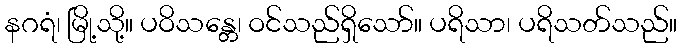
နဂရံ၊ မြို့သို့။ ပဝိသန္တေ၊ ဝင်သည်ရှိသော်။ ပရိသာ၊ ပရိသတ်သည်။